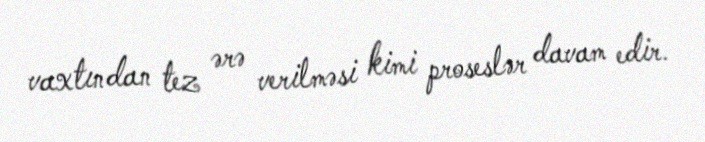
vaxtından tez ərə verilməsi kimi proseslər davam edir.